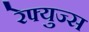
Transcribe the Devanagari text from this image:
रेफ्युज्स